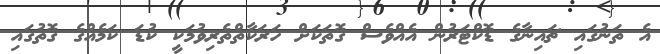
އެ ތަނުގައި ޗައިނާގެ ޑޮކްޓަރުން އެއްވެސް ގޮތަކަށް ހަރަކާތްތެރިވުމަކީ ކުޑަ ކަމެއްގެ ގޮތުގައި